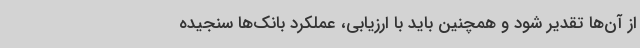
از آن‌ها تقدیر شود و همچنین باید با ارزیابی، عملکرد بانک‌ها سنجیده